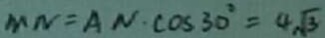
M N = A N \cdot \cos 3 0 ^ { \circ } = 4 \sqrt { 3 }